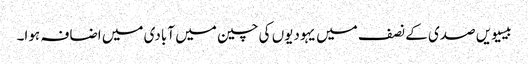
بیسیویں صدی کے نصف میں یہودیوں‌ کی چین میں آبادی میں اضافہ ہوا۔